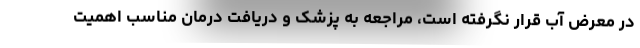
در معرض آب قرار نگرفته است، مراجعه به پزشک و دریافت درمان مناسب اهمیت